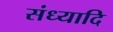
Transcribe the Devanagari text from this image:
संध्यादि